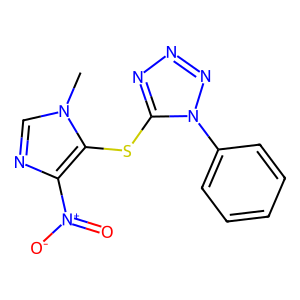
SMILES: Cn1cnc([N+](=O)[O-])c1Sc1nnnn1-c1ccccc1
Inhibits HIV replication: No